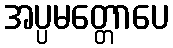
အပ္ပမတ္တောပေ